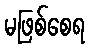
မဖြစ်စေရ